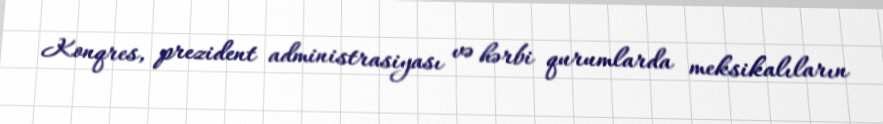
Konqres, prezident administrasiyası və hərbi qurumlarda meksikalıların